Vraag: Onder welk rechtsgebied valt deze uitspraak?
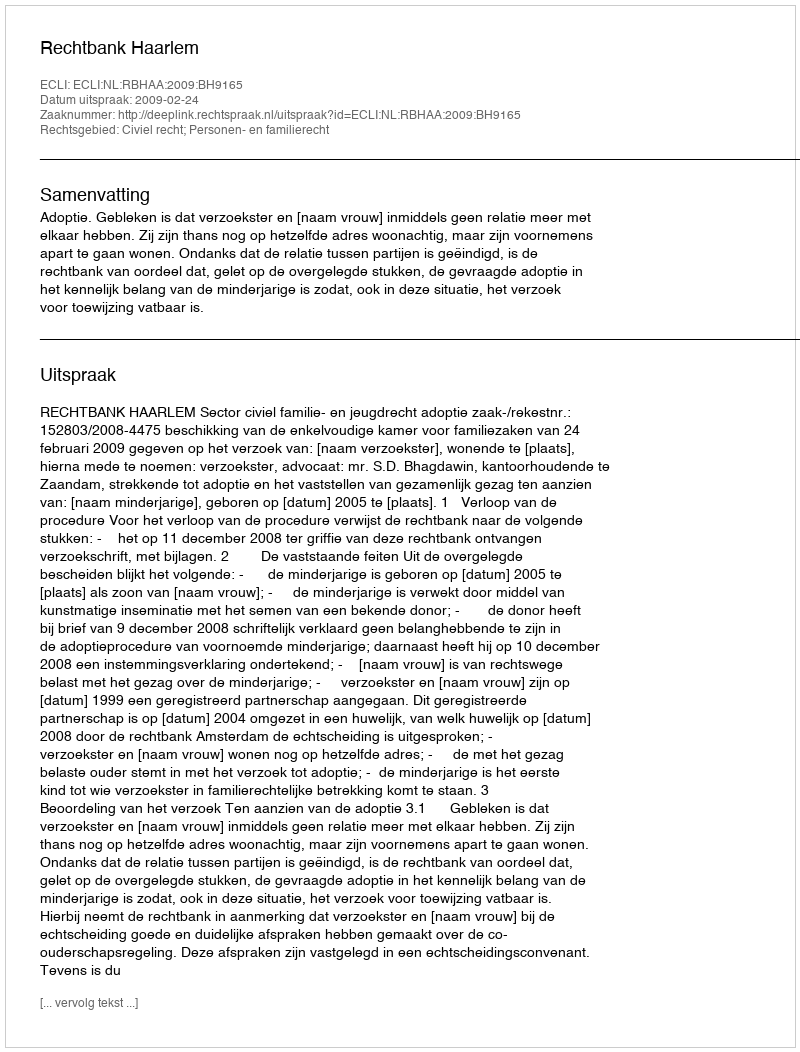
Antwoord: Civiel recht; Personen- en familierecht